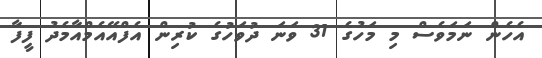
އެހެން ނަަމަވެސް މި މަހުގެ 31 ވަނަ ދުވަހުގެ ކުރިން އެފްއޭއެމްއާމެދު ފީފާ